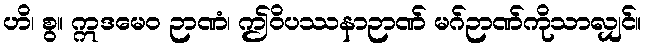
ဟိ၊ စွ။ ဣဒမေဝ ဉာဏံ၊ ဤဝိပဿနာဉာဏ် မဂ်ဉာဏ်ကိုသာလျှင်။